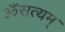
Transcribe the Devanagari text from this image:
ॐसत्यम्